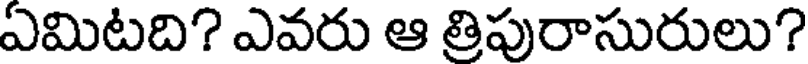
ఏమిటది? ఎవరు ఆ త్రిపురాసురులు?